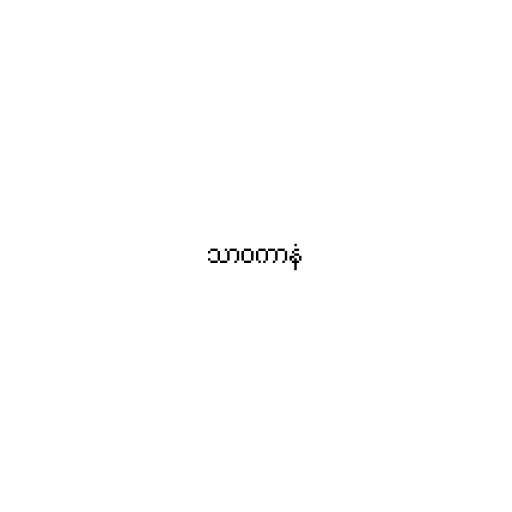
သာဝကာနံ